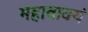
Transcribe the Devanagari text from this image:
महावाक्यं